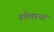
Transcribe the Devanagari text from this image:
डॉलरना